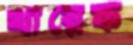
খায়েফ